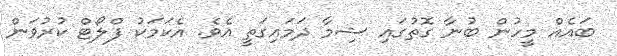
ބައެއް މީހުން ބުނާ ގޮތުގައި ޝިމާ ދަމައިގަތީ އެވެ. އެކަމަކު ފްލޯޓް ކުރުވަން